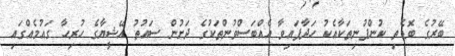
ބޭރުގެ ބޮޑެތި ކުންފުނިތަކާއެކު ހަދާފައިވާ އެއްބަސްވުންތަކުގެ ދަށުން ސައުތު އޭޝީޔާގެ ހުރިހާ ގައުމެއްގައި